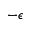
- \epsilon